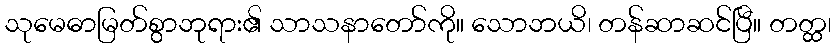
သုမေဓာမြတ်စွာဘုရား၏ သာသနာတော်ကို။ သောဘယိ၊ တန်ဆာဆင်ပြီ။ တတ္ထ၊